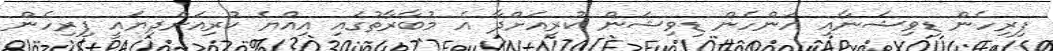
ފިރިހެން ޑިވިޝަނާއި އަންހެން ޑިވިޝަން ކުރިއަށްދާ އެ މުބާރާތުގައި އިއްޔެ ކުރިއަށްދިޔައީ ފިރިހެން